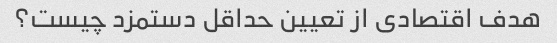
هدف اقتصادی از تعیین حداقل دستمزد چیست؟